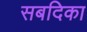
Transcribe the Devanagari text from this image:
सबदिका